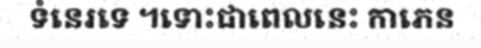
ទំនេរទេ ។ទោះជាពេលនេះ កាភេន